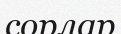
сорлар